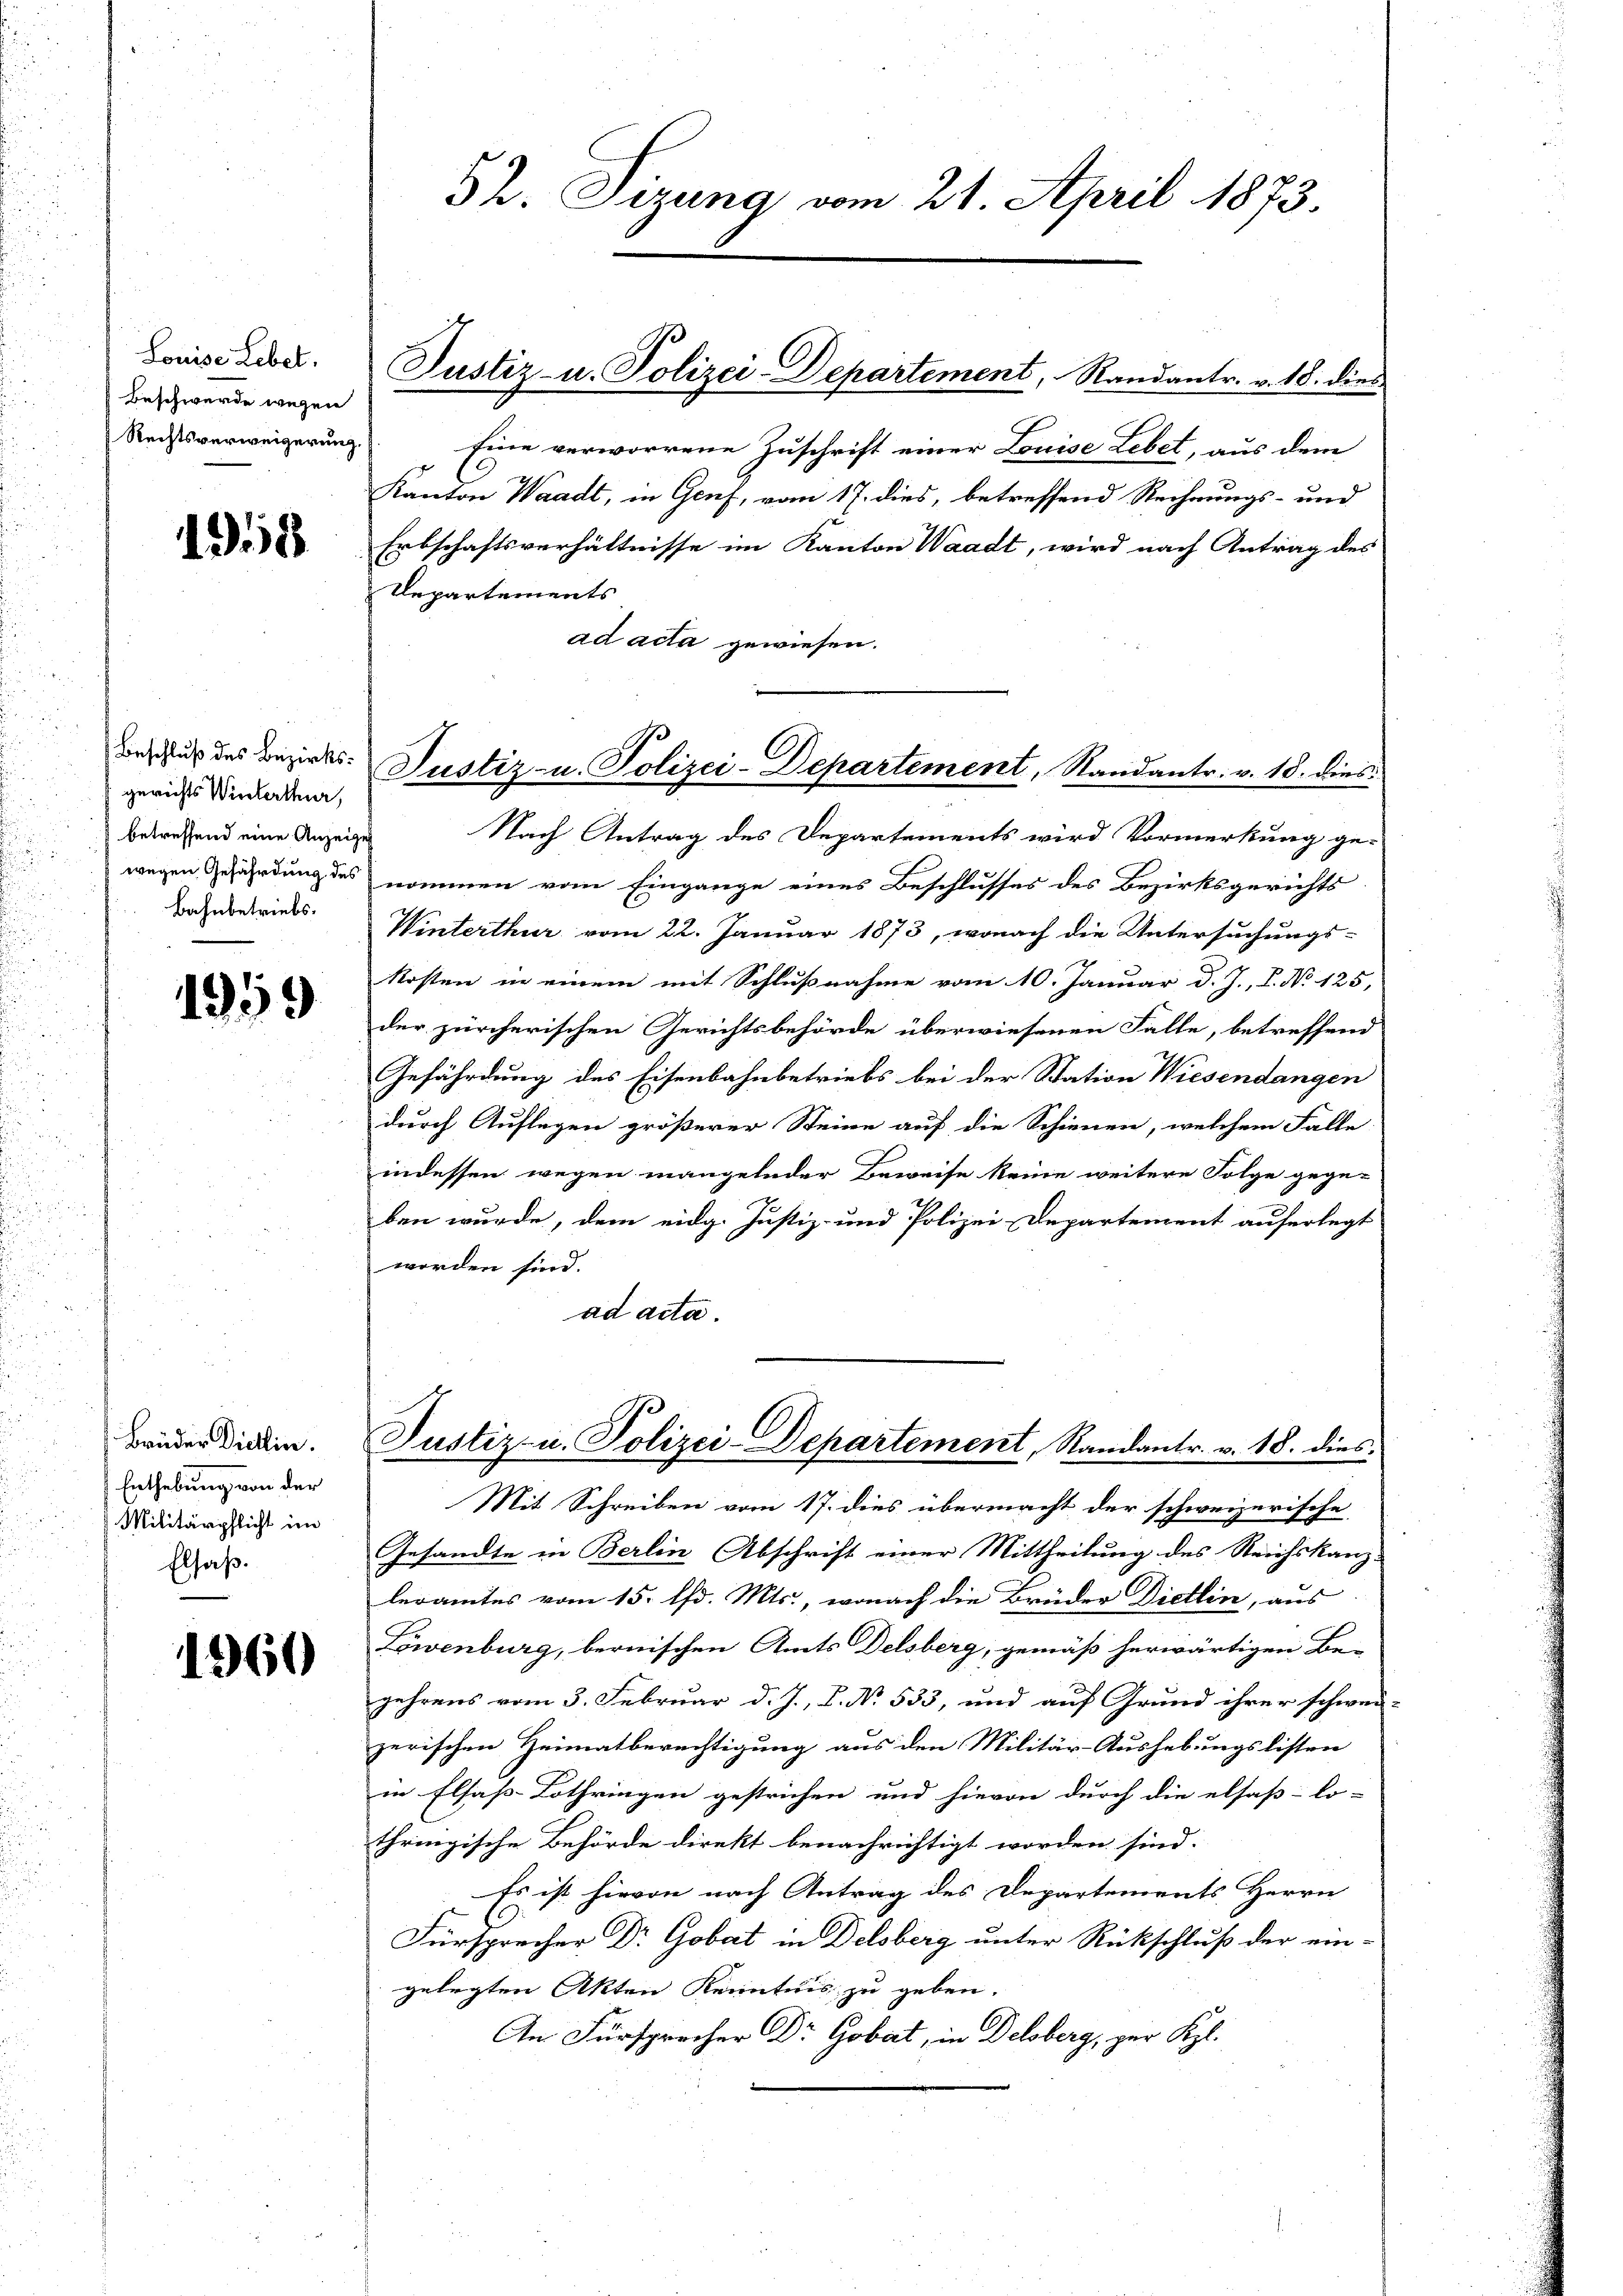
Louise Lebel.
Beschwerde wegen
Rechtsverweigerung.

1958

gerichts Winterthur,
betreffend eine Anzeige
Bahnbetriebs

1959

Brüder Diellin.
Enthebung von der
Militärpflicht im
Elsaß.

1960

Eine verworrene Zuschrift einer Louise Lebet, aus dem
x
Kanton Waadt, in Genf, vom 17. dies, betreffend Rechnungs- und
Erbschaftsverhältnisse im Kanton Waadt, wird nach Antrag des
Departements
ad acta gewiesen.
Nach Antrag des Departements wird Vormerkung ge-
wegen Gefährdung des nommen vom Eingange eines Beschlusses des Bezirksgerichts
Winterthur vom 22. Januar 1873, wonach die Untersuchungs-
kosten in einem mit Schlußnahme vom 10. Januar d. J., I. No 125,
der zürcherischen Gerichtsbehörde überwiesenen Falle, betreffend
Gefährdung des Eisenbahnbetriebs bei der Station Wiesendangen
durch Auflegen größerer Steine auf die Schienen, welchem Falle
indessen wegen mangelnder Beweise keine weitere Folge gege-
ban wurde, dem eidg. Justiz- und Polizei-Departement auferlegt
worden sind.
ad acta.

52. Sitzung vom 21. April 1873.

Justiz- u. Polizei-Departement, Randantr. v. 18. dies

Bezug des Bezirks- Justiz- u. Polizei-Departement, Standantr. v. 18. dies

Justiz- u. Polizei-Departement, Randantr. v. 18. dies

Mit Schreiben vom 17. dies übermacht der schweizerische
Gesandte in Berlin Abschrift einer Mittheilung des Reichskanz-
leramtes vom 15. d. Mts., wonach die Brüder Dietlin, aus
Löwenburg, bernischen Amts Delsberg, gemäß herwärtigen Be-
gehrens vom 3. Februar d. J., L. No. 533, und auf Grund ihrer schwei-
zerischen Heimatberechtigung aus den Militär-Aushebungslisten
in Elsass-Lothringen gestrichen und hievon durch die elsaß-lo-
thringische Behörde direkt benachrichtigt worden sind.
Es ist hievon nach Antrag des Departements Herrn
Fürsprecher Dr Gobat in Delsberg unter Rückschluß der ein-
gelegten Akten Kenntnis zu geben.
An Fürsprecher Dr Gobat, in Delsberg, zur Kgl.